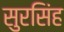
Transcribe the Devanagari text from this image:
सुरसिंह